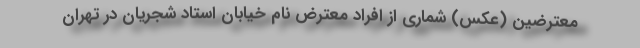
معترضین (عکس) شماری از افراد معترض نام خیابان استاد شجریان در تهران